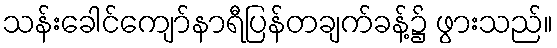
သန်းခေါင်ကျော်နာရီပြန်တချက်ခန့်၌ ဖွားသည်။